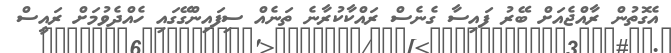
އެގޮތުން ރާއްޖެއަށް ބޭރު ފައިސާ ގެނެސް ރައްކާކުރާނެ ތަނެއް ސިފައިންގޭގައި ހެއްދެވުމަށް ރައީސް